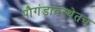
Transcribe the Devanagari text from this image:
पौगंडावस्थेतच